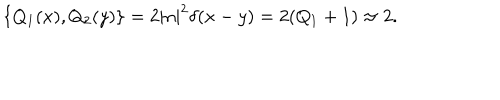
LaTeX: \hspace { 0 . 4 i n } \{ Q _ { 1 } ( x ) , Q _ { 2 } ( y ) \} = 2 | n | ^ { 2 } \delta ( x - y ) = 2 ( Q _ { 1 } + 1 ) \approx 2 .